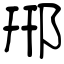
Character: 郉